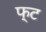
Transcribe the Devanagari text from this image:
फ्ट